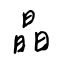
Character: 晶